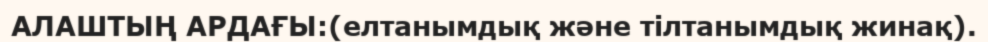
АЛАШТЫҢ АРДАҒЫ:(елтанымдық және тілтанымдық жинақ).